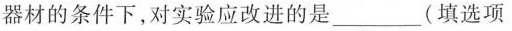
器材的条件下，对实验应改进的是___(填选项